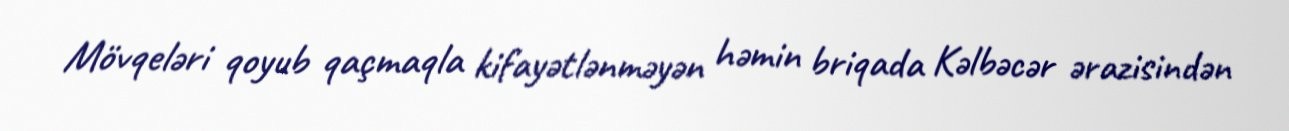
Mövqeləri qoyub qaçmaqla kifayətlənməyən həmin briqada Kəlbəcər ərazisindən